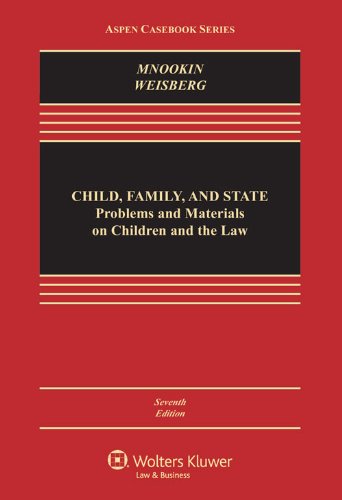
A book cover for Child Family and State: Problems and Materials on Children and the Law, Seventh Edition (Aspen Casebook Series); Robert H. Mnookin; Law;